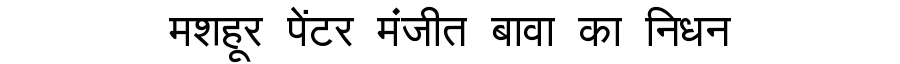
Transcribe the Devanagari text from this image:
मशहूर पेंटर मंजीत बावा का निधन